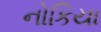
નોકિયા